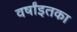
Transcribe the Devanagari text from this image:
वर्षांइतका